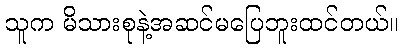
သူက မိသားစုနဲ့အဆင်မပြေဘူးထင်တယ်။